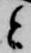
と